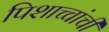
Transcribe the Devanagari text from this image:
पिशाच्चांची